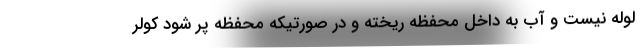
لوله نیست و آب به داخل محفظه ریخته و در صورتیکه محفظه پر شود کولر